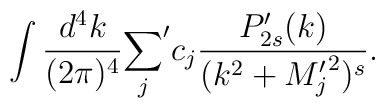
\int{d^4k\over (2\pi)^4}{\sum_j}^\prime c_j{P^\prime_{2s}(k)\over (k^2+{M_j^\prime}^2)^s}.